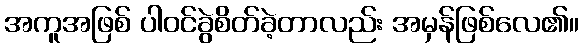
အကူအဖြစ် ပါဝင်ခွဲစိတ်ခဲ့တာလည်း အမှန်ဖြစ်လေ၏။